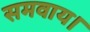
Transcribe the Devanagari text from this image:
समवाय।